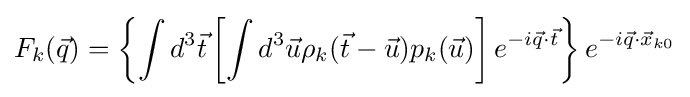
F_{k}({\vec {q}})=\left\{\int d^{3}{\vec {t}}\left[\int d^{3}{\vec {u}}\rho _{k}({\vec {t}}-{\vec {u}})p_{k}({\vec {u}})\right]e^{-i{\vec {q}}\cdot {\vec {t}}}\right\}e^{-i{\vec {q}}\cdot {\vec {x}}_{k0}}